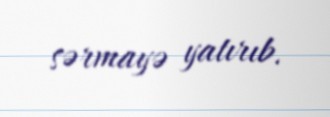
sərmayə yatırıb.